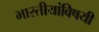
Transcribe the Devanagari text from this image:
भारतीयांविषयी